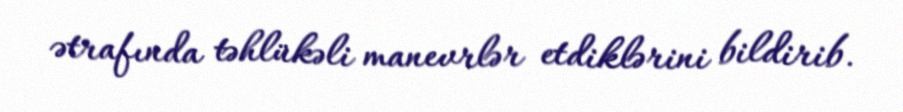
ətrafında təhlükəli manevrlər etdiklərini bildirib.